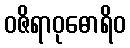
ဝဇိရာဝုဓောရိဝ